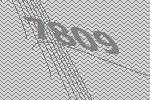
7809